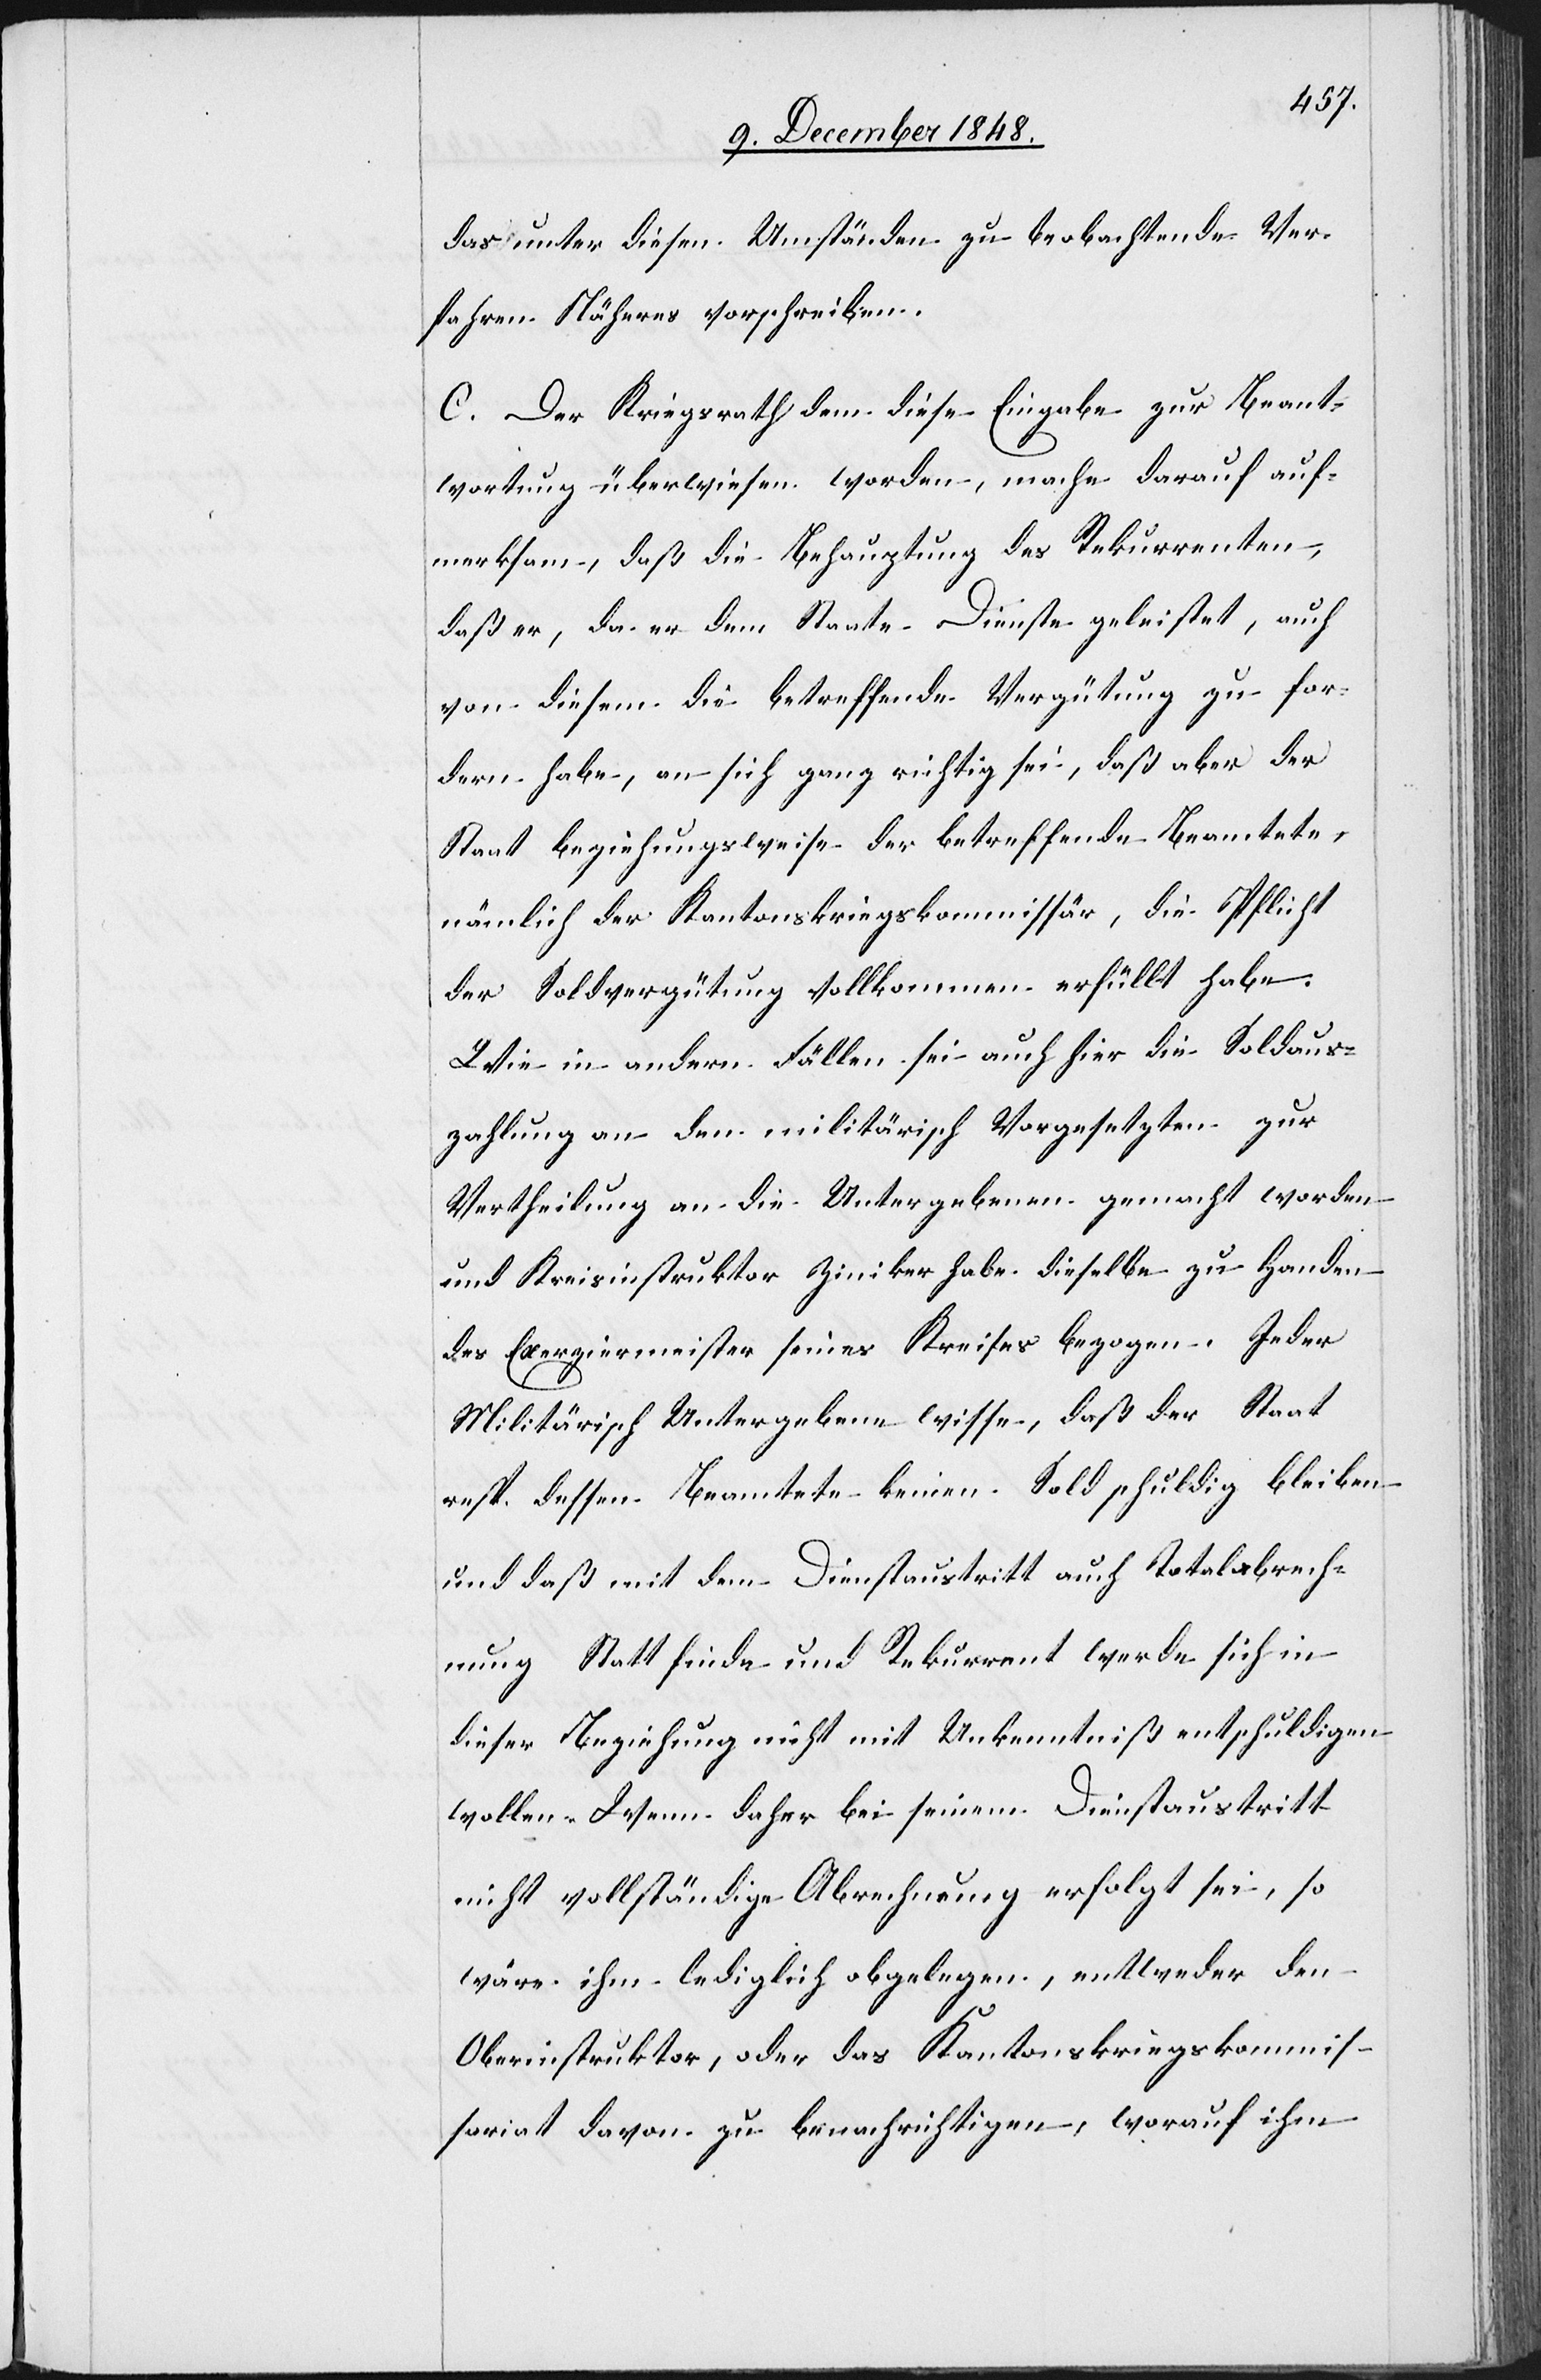
das unter diesen Umständen zu beobachtende Ver¬
fahren Näheres vorschreiben.
C. Der Kriegsrath dem diese Eingabe zur Beant¬
wortung überwiesen worden, mache darauf auf¬
merksam, daß die Behauptung des Rekurrenten,
daß er, da er dem Staate Dienste geleistet, auch
von diesem die betreffende Vergütung zu for¬
dern habe, an sich ganz richtig sei, daß aber der
Staat beziehungsweise der betreffende Beamtete,
nämlich der Kantonskriegskommissär, die Pflicht
der Soldvergütung vollkommen erfüllt habe.
Wie in andern Fällen sei auch hier die Soldaus¬
zahlung an den militärisch Vorgesetzten zur
Vertheilung an die Untergebenen gemacht worden
und Kreisinstruktor Ziniker habe dieselbe zu Handen
des Exerziermeister seines Kreises bezogen. Jeder
Militärisch Untergebene wisse, daß der Staat
resp. dessen Beamtete keinen Sold schuldig bleiben
und daß mit dem Dienstaustritt auch Totalabrech¬
nung Statt finde und Rekurrent werde sich in
dieser Beziehung nicht mit Unkenntniß entschuldigen
wollen. Wenn daher bei seinem Dienstaustritt
nicht vollständige Abrechnung erfolgt sei, so
wäre ihm lediglich obgelegen, entweder den
Oberinstruktor, oder das Kantonskriegskommis¬
sariat davon zu benachrichtigen, worauf ihm